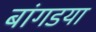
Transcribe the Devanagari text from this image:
बांगडया